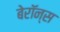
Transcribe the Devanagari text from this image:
बेरॉन्स